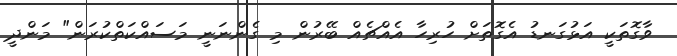
ވާގޮތަކީ އަޅުގަނޑު އެގޮތަށް ހުރިހާ އެއްޗެއް ބޭރުން މި ގެންނަނީ މަސައްކަތްކުރަން" މަންދީ